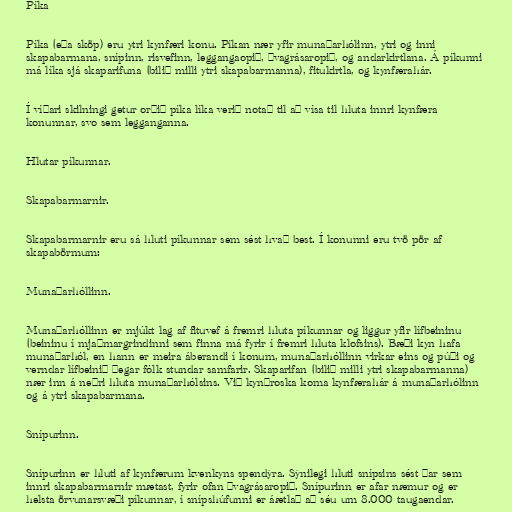
Píka

Píka (eða sköp) eru ytri kynfæri konu. Píkan nær yfir munaðarhólinn, ytri og inni
skapabarmana, snípinn, risvefinn, leggangaopið, þvagrásaropið, og andarkirtlana. Á píkunni
má líka sjá skaparifuna (bilið milli ytri skapabarmanna), fitukirtla, og kynfærahár.

Í víðari skilningi getur orðið píka líka verið notað til að vísa til hluta innri kynfæra
konunnar, svo sem legganganna.

Hlutar píkunnar.

Skapabarmarnir.

Skapabarmarnir eru sá hluti píkunnar sem sést hvað best. Í konunni eru tvö pör af
skapabörmum:

Munaðarhóllinn.

Munaðarhóllinn er mjúkt lag af fituvef á fremri hluta píkunnar og liggur yfir lífbeininu
(beininu í mjaðmargrindinni sem finna má fyrir í fremri hluta klofsins). Bæði kyn hafa
munaðarhól, en hann er meira áberandi í konum, munaðarhóllinn virkar eins og púði og
verndar lífbeinið þegar fólk stundar samfarir. Skaparifan (bilið milli ytri skapabarmanna)
nær inn á neðri hluta munaðarhólsins. Við kynþroska koma kynfærahár á munaðarhólinn
og á ytri skapabarmana.

Snípurinn.

Snípurinn er hluti af kynfærum kvenkyns spendýra. Sýnilegi hluti snípsins sést þar sem
innri skapabarmarnir mætast, fyrir ofan þvagrásaropið. Snípurinn er afar næmur og er
helsta örvunarsvæði píkunnar, í snípshúfunni er áætlað að séu um 8.000 taugaendar.